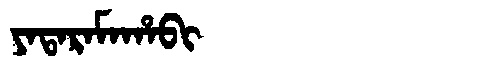
Manchu: ᠶᠠᡨᠠᡵᠠᠮᠠᡥᠠᠪᡳ
Romanization: YATARAMAHABI